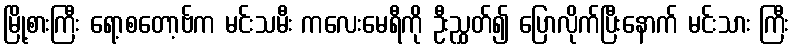
မြို့စားကြီး ရော့စတော့ဗ်က မင်းသမီး ကလေးမေရီကို ဦးညွှတ်၍ ပြောလိုက်ပြီးနောက် မင်းသား ကြီး